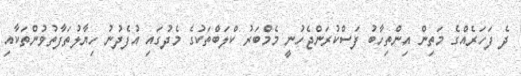
ދެ ފަހަރެއްގެ މަތިން އިންތިހާބު ފަސްކުރަންޖެހުނީ މެމްބަރު ކްލަބްތަކުގެ މެދުގައި އުފެދުނު ހިޔާލުތަފާތުވުންތަކާއި